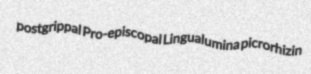
postgrippal Pro-episcopal Lingualumina picrorhizin